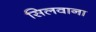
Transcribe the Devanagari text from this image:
सिलवाना